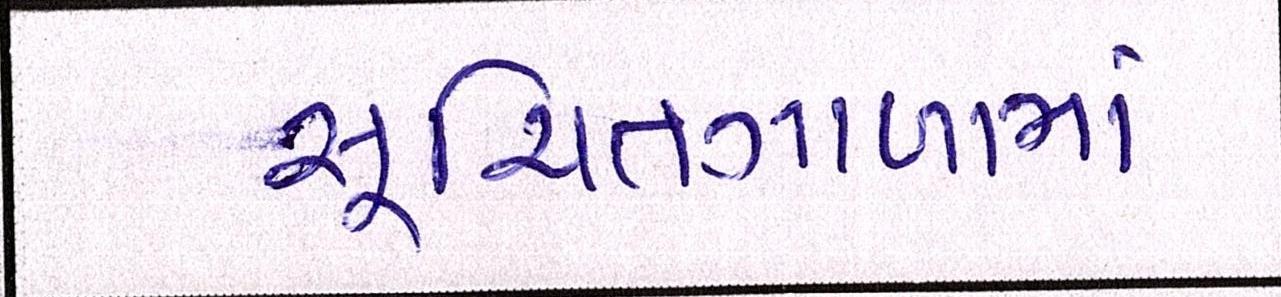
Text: સૂચિતગાળામાં